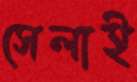
সেলাই